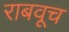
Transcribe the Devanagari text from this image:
राबवूच